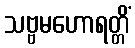
သဗ္ဗမဟောရတ္တိံ